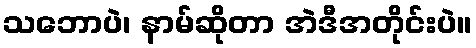
သဘောပဲ၊ နာမ်ဆိုတာ အဲဒီအတိုင်းပဲ။